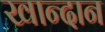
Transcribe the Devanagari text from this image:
खान्दान